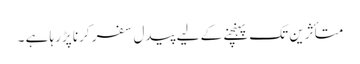
متأثرین تک پہنچنے کے لیے پیدل سفر کرنا پڑرہا ہے ۔